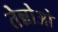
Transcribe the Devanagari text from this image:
तेन्नोओ